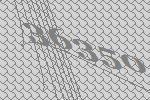
36350